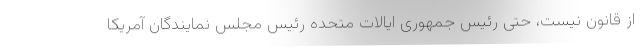
از قانون نیست، حتی رئیس جمهوری ایالات متحده رئیس مجلس نمایندگان آمریکا